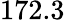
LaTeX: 172.3